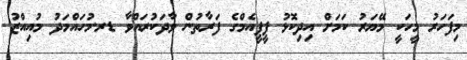
މިފަހަރު މީހަކީ މޭޔަރު ކަމަށް އިދިކޮޅު ޕީޕީއެމްގެ ފަރާތުން ވާދަކުރައްވާ ޑރ.މުހައްމަދު މުއިއްޒު